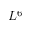
L ^ { 6 }